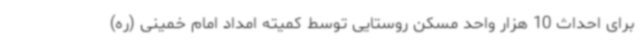
برای احداث 10 هزار واحد مسکن روستایی توسط کمیته امداد امام خمینی (ره)